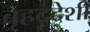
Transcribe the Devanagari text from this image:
बृहद्‌देशी